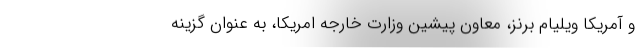
و آمریکا ویلیام برنز، معاون پیشین وزارت خارجه امریکا، به عنوان گزینه